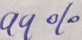
9 9 \%